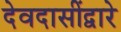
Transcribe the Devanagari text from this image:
देवदासींद्वारे